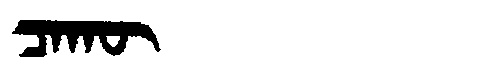
Manchu: ᠴᠠᡴᡡ
Romanization: CAKŪ